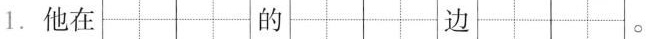
1. 他在 的 边 。